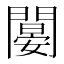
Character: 𨶁